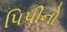
પિપીનો